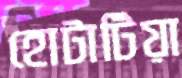
হোটাটিয়া